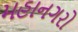
મહાનગરો